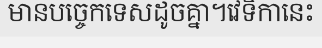
មានបច្ចេកទេសដូចគ្នា។វេទិកានេះ